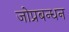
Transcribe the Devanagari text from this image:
जोप्रबन्धन